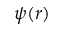
\psi ( r )